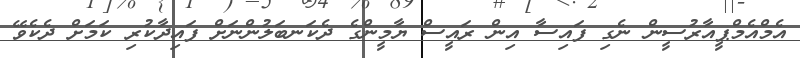
އެމްއެމްޕީއާރުސީން ނެގި ފައިސާ އިން ރައީސް ޔާމީންގެ ދެކަނބަލުންނަށް ފައިދާކުރި ކަމަށް ދެކެވޭ